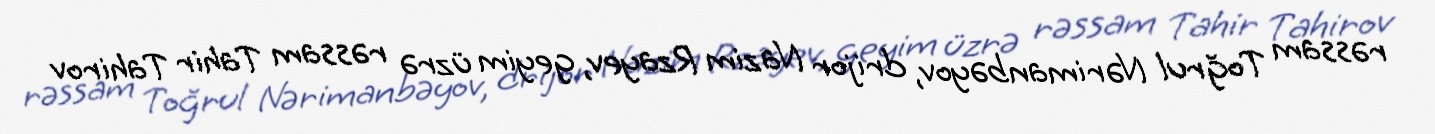
rəssam Toğrul Nərimanbəyov, drijor Nazim Rzayev, geyim üzrə rəssam Tahir Tahirov